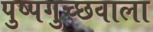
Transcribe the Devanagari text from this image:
पुष्पगुच्छवाला